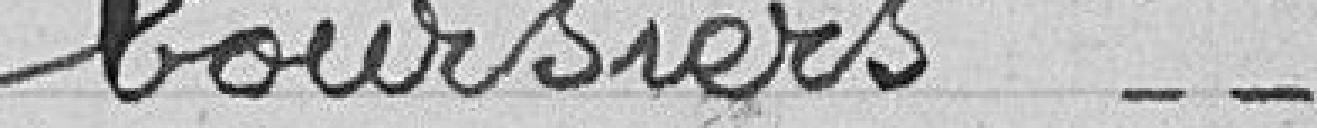
boursiers